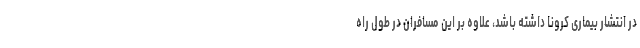
در انتشار بیماری کرونا داشته باشد، علاوه بر این مسافران در طول راه